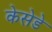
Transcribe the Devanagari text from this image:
केसेडे